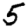
Digit: 5